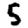
Digit: 5